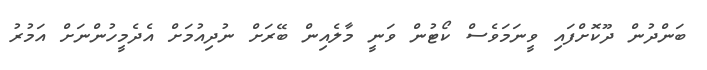
ބަންދުން ދޫކޮށްފައި ވީނަމަވެސް ކޯޓުން ވަނީ މާލެއިން ބޭރަށް ނުދިއުމަށް އެދެމީހުންނަށް އަމުރު